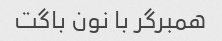
همبرگر با نون باگت